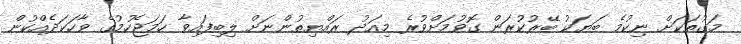
މަގުތަކަށް ނިކުމެ ބަޔަކު ބޭރުކުރަން ގޮވުމަށްވުރެ މިއަދު ރައްޔިތުންނަށް ލިބިފައިވާ ހަމަޖެހުމުގެ ވާހަކަދެއްކުން